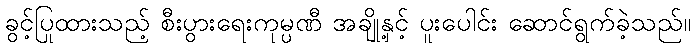
ခွင့်ပြုထားသည့် စီးပွားရေးကုမ္ပဏီ အချို့နှင့် ပူးပေါင်း ဆောင်ရွက်ခဲ့သည်။